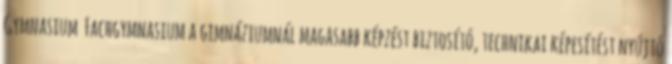
Gymnasium Fachgymnasium a gimnáziumnál magasabb képzést biztosító, technikai képesítést nyújtó